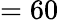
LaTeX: =60